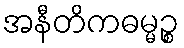
အနီတိကဓမ္မဉ္စ